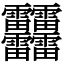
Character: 䨻